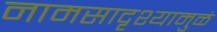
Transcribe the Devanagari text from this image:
नामसादृश्यामुळं